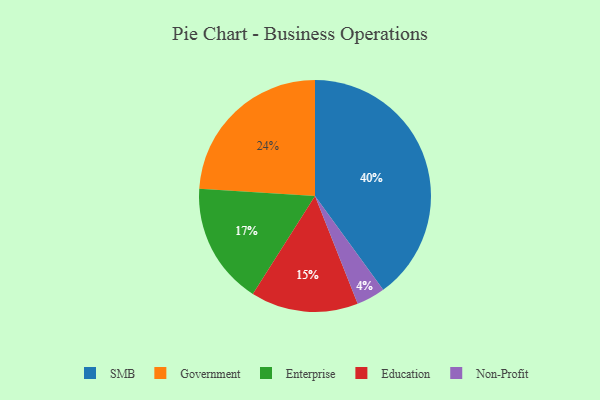
{"axis": {"x": "Category", "y": "Percentage"}, "legend": ["Education", "Enterprise", "Government", "Non-Profit", "SMB"], "data": [{"x": "Enterprise", "y": 17, "type": "Enterprise"}, {"x": "Government", "y": 24, "type": "Government"}, {"x": "Non-Profit", "y": 4, "type": "Non-Profit"}, {"x": "Education", "y": 15, "type": "Education"}, {"x": "SMB", "y": 40, "type": "SMB"}]}